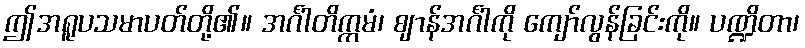
ဤအရူပသမာပတ်တို့၏။ အင်္ဂါတိက္ကမံ၊ ဈာန်အင်္ဂါကို ကျော်လွန်ခြင်းကို။ ပဏ္ဍိတာ၊